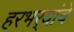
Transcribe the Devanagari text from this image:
हरभर्‍यांचे